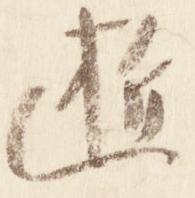
逝